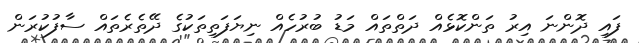
ފައި ދޮންނަ އިރު ތަންކޮޅެއް ދަތްތައް މަޑު ބުރުހެއް ނިޔަފަތިތަކުގެ ދޭތެރެތައް ސާފުކުރަން